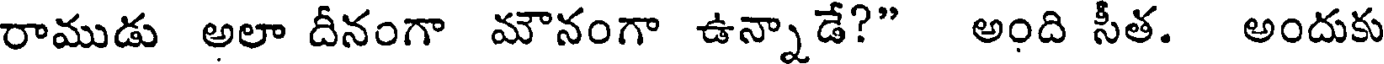
రాముడు అలా దీనంగా మౌనంగా ఉన్నాడే?" అంది సీత. అందుకు